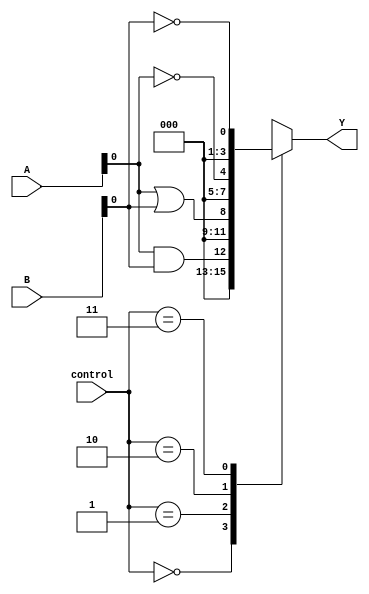
module AdjacencyGroups (
    input wire [3:0] A,        // 4-bit input group A
    input wire [3:0] B,        // 4-bit input group B
    input wire [1:0] control,   // Control signals to select logic function
    output wire [3:0] Y         // 4-bit output
);

// Internal signals for logic operations
wire and_out, or_out, not_out_A, not_out_B, xor_out;

// Logic operations
assign and_out = A & B;          // AND operation
assign or_out = A | B;           // OR operation
assign not_out_A = ~A;           // NOT operation on A
assign not_out_B = ~B;           // NOT operation on B
assign xor_out = A ^ B;          // XOR operation

// Output generation based on control signals
always @(*) begin
    case (control)
        2'b00: Y = {3'b000, and_out};  // Output AND result
        2'b01: Y = {3'b000, or_out};   // Output OR result
        2'b10: Y = {3'b000, not_out_A}; // Output NOT A result
        2'b11: Y = {3'b000, not_out_B}; // Output NOT B result
        default: Y = 4'b0000;          // Default case
    endcase
end

endmodule